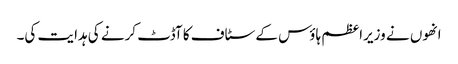
انھوں نے وزیراعظم ہاؤس کے سٹاف کا آڈٹ کرنے کی ہدایت کی۔